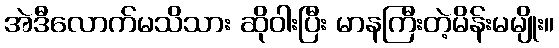
အဲဒီလောက်မသိသား ဆိုဝါးပြီး မာနကြီးတဲ့မိန်းမမျိုး။